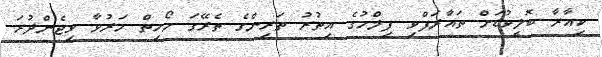
ކިއާރާ ބޮލީވުޑަށް ތައާރަފްވި ފިލްމުގެ އިތުރު ތަރިންގެ ތެރޭގަ މޯހިތް މަރުވާ ވިޖެންދުރަ